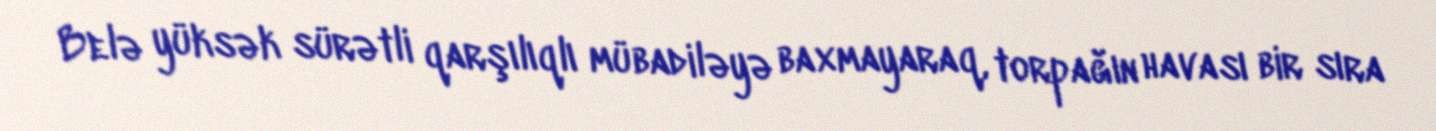
Belə yüksək sürətli qarşılıqlı mübadiləyə baxmayaraq, torpağın havası bir sıra